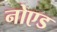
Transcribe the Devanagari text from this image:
नोएड